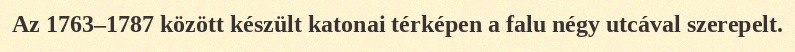
Az 1763–1787 között készült katonai térképen a falu négy utcával szerepelt.